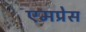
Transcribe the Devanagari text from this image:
एमप्रेस